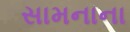
સામનાના